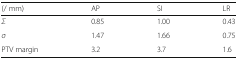
<table><thead><tr><td><b>(/ mm)</b></td><td><b>AP</b></td><td><b>SI</b></td><td><b>LR</b></td></tr></thead><tbody><tr><td><i>Σ</i></td><td>0.85</td><td>1.00</td><td>0.43</td></tr><tr><td><i>σ</i></td><td>1.47</td><td>1.66</td><td>0.75</td></tr><tr><td>PTV margin</td><td>3.2</td><td>3.7</td><td>1.6</td></tr></tbody></table>